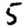
Digit: 5